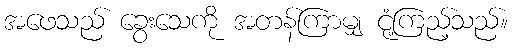
အဖေသည် ခွေးသေကို အတန်ကြာမျှ ငုံ့ကြည့်သည်။